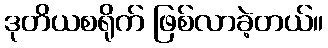
ဒုတိယစရိုက် ဖြစ်လာခဲ့တယ်။